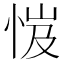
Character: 𢚼